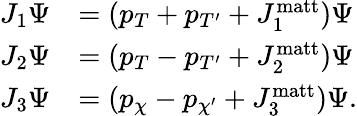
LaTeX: \begin{array}{rl}{J_{1}\Psi}&{=(p_{T}+p_{T^{\prime}}+J_{1}^{\mathrm{matt}})\Psi}\\ {J_{2}\Psi}&{=(p_{T}-p_{T^{\prime}}+J_{2}^{\mathrm{matt}})\Psi}\\ {J_{3}\Psi}&{=(p_{\chi}-p_{\chi^{\prime}}+J_{3}^{\mathrm{matt}})\Psi.}\end{array}